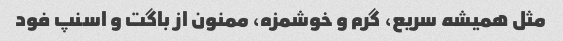
مثل همیشه سریع، گرم و خوشمزه، ممنون از باگت و اسنپ فود